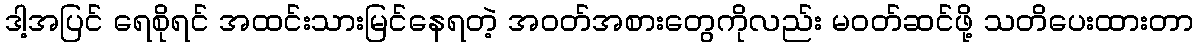
ဒါ့အပြင် ရေစိုရင် အထင်းသားမြင်နေရတဲ့ အဝတ်အစားတွေကိုလည်း မဝတ်ဆင်ဖို့ သတိပေးထားတာ